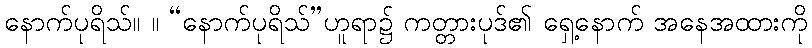
နောက်ပုရိသ်။ ။ “နောက်ပုရိသ်”ဟူရာ၌ ကတ္တားပုဒ်၏ ရှေ့နောက် အနေအထားကို